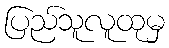
ပြည်သူလူထုမှ